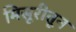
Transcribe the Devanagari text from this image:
मिसूरीतून